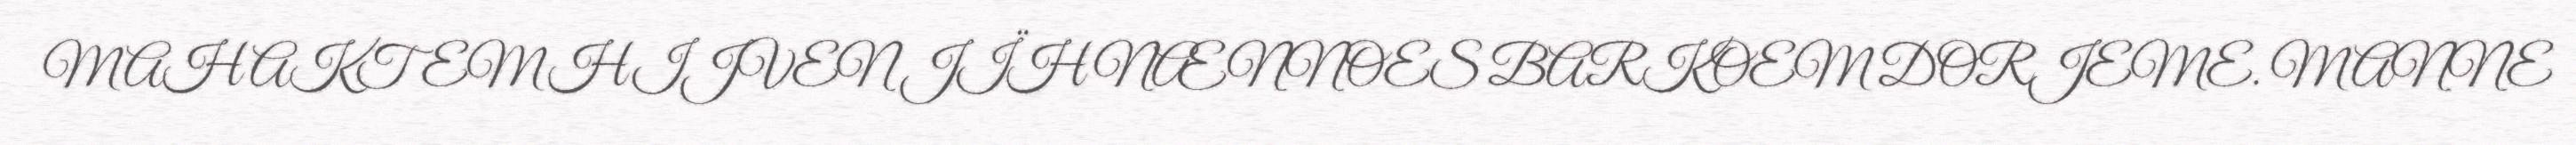
MAH AKTEM HIJVEN JÏH NÆNNOES BARKOEM DORJEME. MANNE